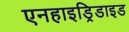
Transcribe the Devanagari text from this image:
एनहाइड्रिडाइड